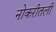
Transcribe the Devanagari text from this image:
नोकरीतली